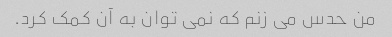
من حدس می زنم که نمی توان به آن کمک کرد.